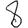
Digit: 8